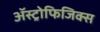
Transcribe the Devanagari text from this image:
ॲस्ट्रोफिजिक्स